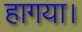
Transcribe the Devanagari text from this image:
हागया।